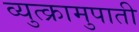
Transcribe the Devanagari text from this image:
व्युत्क्रामुपाती